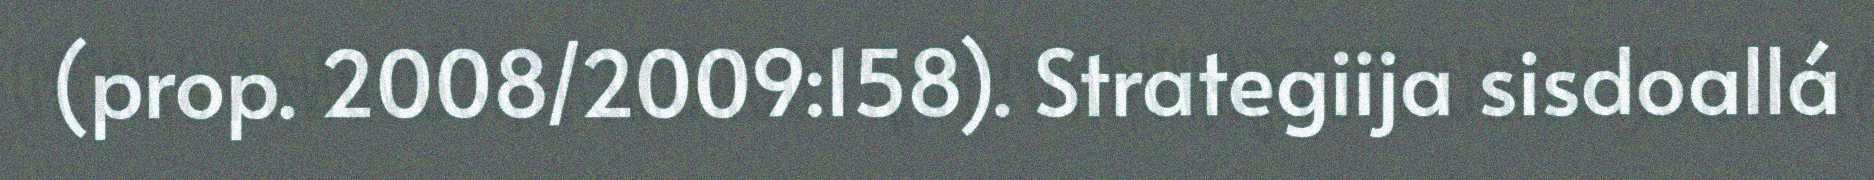
(prop. 2008/2009:158). Strategiija sisdoallá